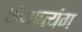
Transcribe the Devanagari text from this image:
अंगप्रत्यंग